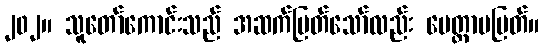
၂၀၂။ သူတော်ကောင်းသည် အဆက်ပြတ်သော်လည်း မေတ္တာမပြတ်။